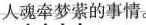
人魂牵梦萦的事情。